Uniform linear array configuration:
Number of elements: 64
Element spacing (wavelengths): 0.75
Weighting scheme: uniform
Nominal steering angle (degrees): -60
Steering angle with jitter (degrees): -61.52
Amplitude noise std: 0.05
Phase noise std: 0.05

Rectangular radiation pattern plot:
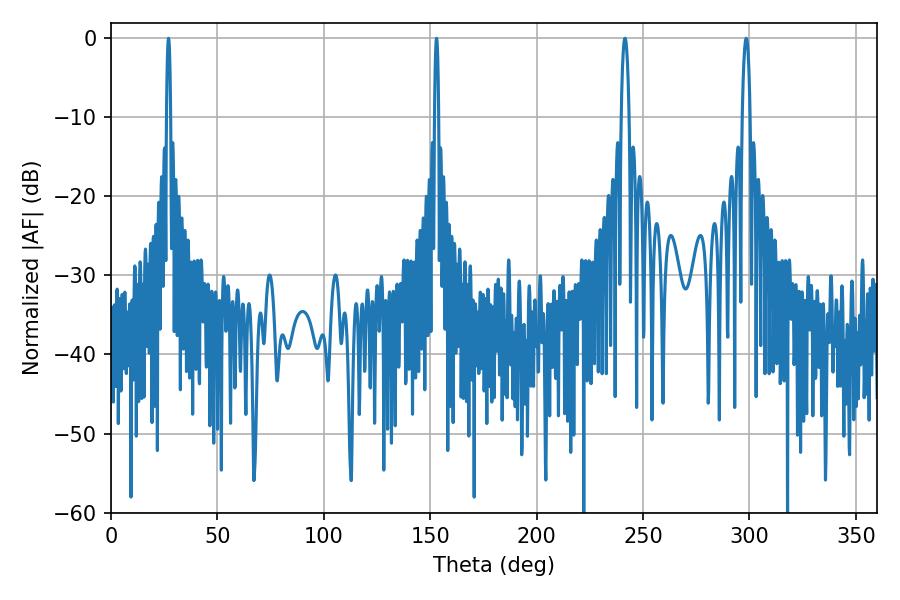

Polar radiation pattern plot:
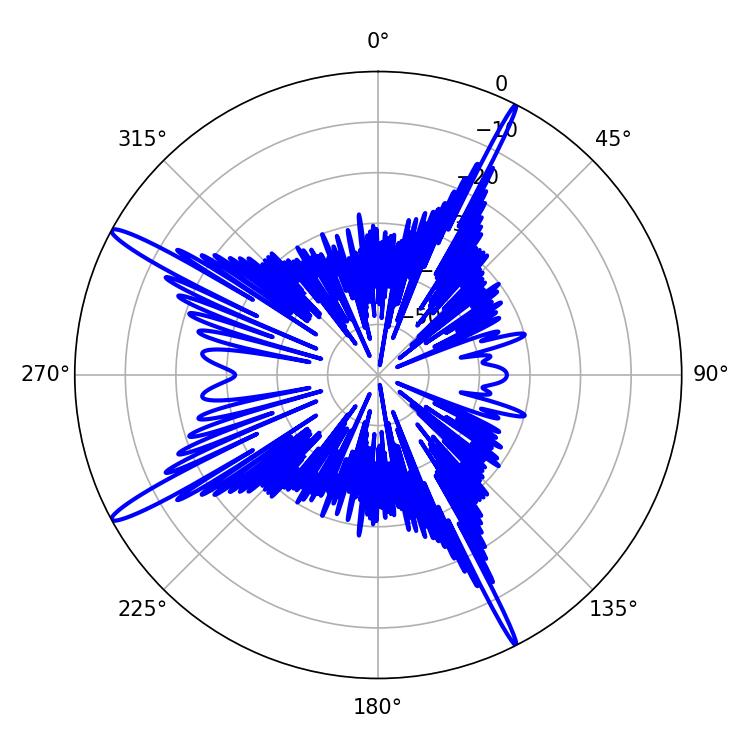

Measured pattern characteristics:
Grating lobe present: TRUE
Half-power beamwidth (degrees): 1.98
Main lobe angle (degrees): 298.44